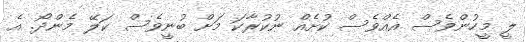
ލީ މީހުންވެސް އެއްވެސް ކުށެއް ނުކުރާކަ މަށް ބުނީވެސް ކަލޭ މެންދޯ. އެ